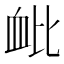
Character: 𫋪